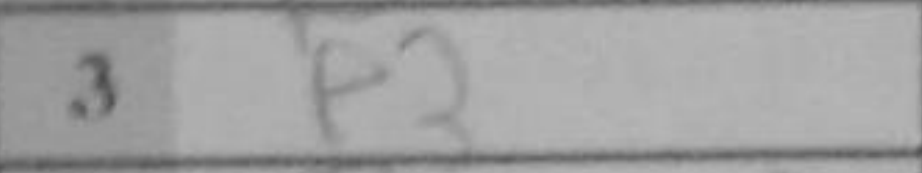
Transcription: e3